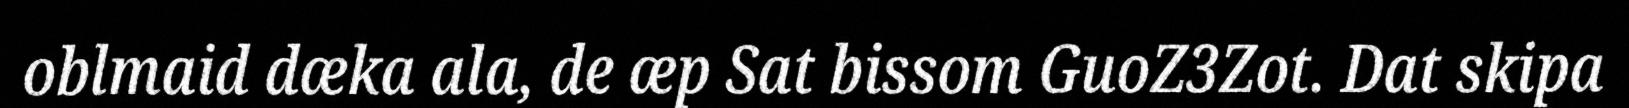
oblmaid dæka ala, de æp Sat bissom GuoZ3Zot. Dat skipa